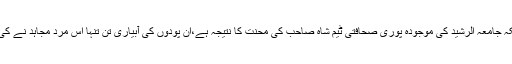
کیونکہ جامعہ الرشید کی موجودہ پوری صحافتی ٹیم شاہ صاحب کی محنت کا نتیجہ ہے،ان پودوں کی آبیاری تن تنہا اس مرد مجاہد نے کی ہے۔